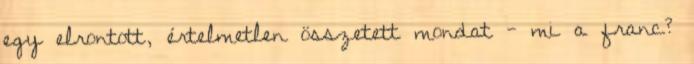
egy elrontott, értelmetlen összetett mondat - mi a franc?